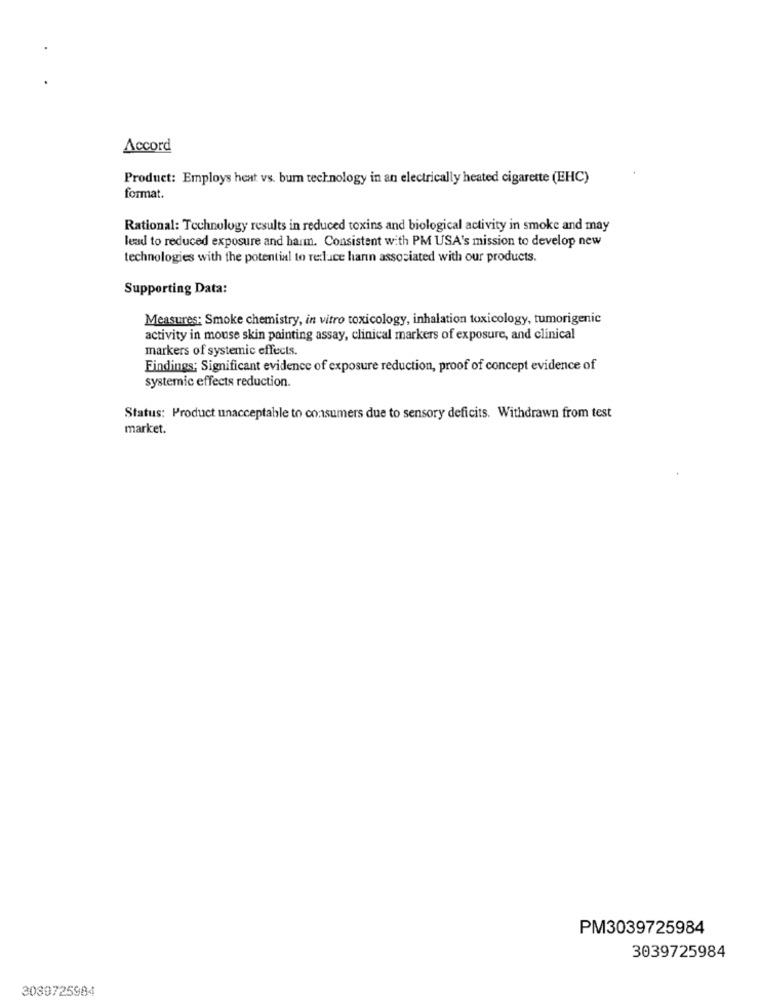
Accord
Product: Employs heat vs. burn technology in an electrically heated cigarette (EHC)
format.
Rational: Technology results in reduced toxins and biological activity in smoke and may
lead to reduced exposure and harm. Consistent with PM USA's mission to develop new
technologies with the potential to reduce hann associated with our products.
Supporting Data:
Measures: Smoke chemistry, in vitro toxicology, inhalation toxicology, tumorigenic
activity in mouse skin painting assay, clinical markers of exposure, and clinical
markers of systemic effects.
Findings; Significant evidence of exposure reduction, proof of concept evidence of
systemic effects reduction.
Status: Product unacceptable to consumers due to sensory deficits. Withdrawn from test
market.
PM3039725984
3039725984
3039725984